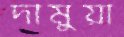
দামুয়া